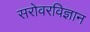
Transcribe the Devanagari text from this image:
सरोवरविज्ञान